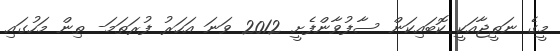
މީގެ ނަތީޖާއަކީ ކޮބައިކަން ސާފުވާންފެށީ 2012 ވަނަ އަހަރު ފުރަތަމަ- ތިން މަހުގައި